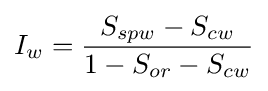
I_{w}={\frac {S_{spw}-S_{cw}}{1-S_{or}-S_{cw}}}